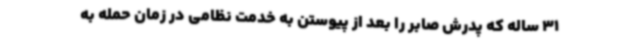
31 ساله که پدرش صابر را بعد از پیوستن به خدمت نظامی در زمان حمله به